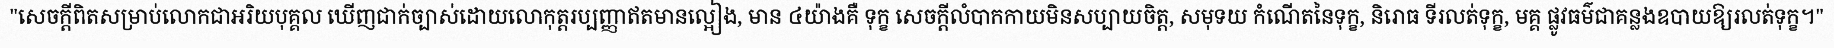
"សេចក្តីពិតសម្រាប់លោកជាអរិយបុគ្គល ឃើញជាក់ច្បាស់ដោយលោកុត្តរប្បញ្ញាឥតមានល្អៀង, មាន ៤យ៉ាងគឺ ទុក្ខ សេចក្តីលំបាកកាយមិនសប្បាយចិត្ត, សមុទយ កំណើតនៃទុក្ខ, និរោធ ទីរលត់ទុក្ខ, មគ្គ ផ្លូវធម៌ជាគន្លងឧបាយឱ្យរលត់ទុក្ខ។"